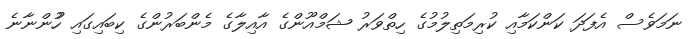
ނަމަވެސް އެފަދަ ކަންކަމާއި ކުރިމަތިލުމުގެ ހިތްވަރު ޝަމްއޫންގެ އާއިލާގެ މެންބަރުންގެ ކިބައިގައި ހުުންނާނެ